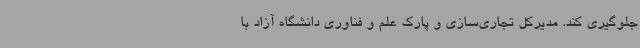
جلوگیری کند. مدیرکل تجاری‌سازی و پارک علم و فناوری دانشگاه آزاد با